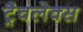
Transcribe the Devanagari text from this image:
ट्रैवलेक्स